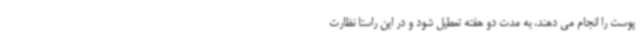
پوست را انجام می دهند، به مدت دو هفته تعطیل شود و در این راستا نظارت